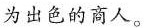
为出色的商人。